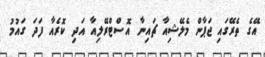
އޭގެ ތެރޭގައި ޖަޕާން މެލޭޝިއާ ޗައިނާ އޮސްޓްރޭލިއާ އަދި ކޮރެއާ ފަދަ ގައުމު